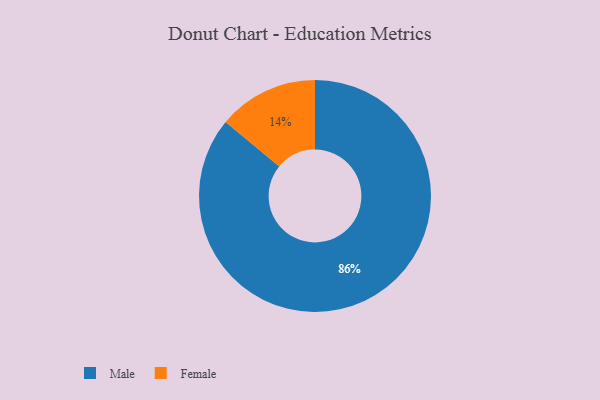
{"axis": {"x": "Category", "y": "Percentage"}, "legend": ["Female", "Male"], "data": [{"x": "Male", "y": 86, "type": "Male"}, {"x": "Female", "y": 14, "type": "Female"}]}